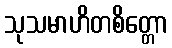
သုသမာဟိတစိတ္တော